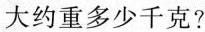
大约重多少千克?